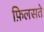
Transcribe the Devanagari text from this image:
फ़िलसते